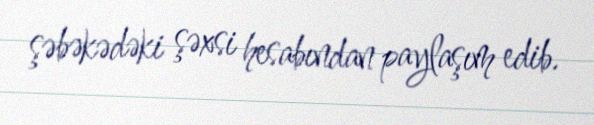
şəbəkədəki şəxsi hesabından paylaşım edib.